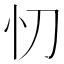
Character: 忉